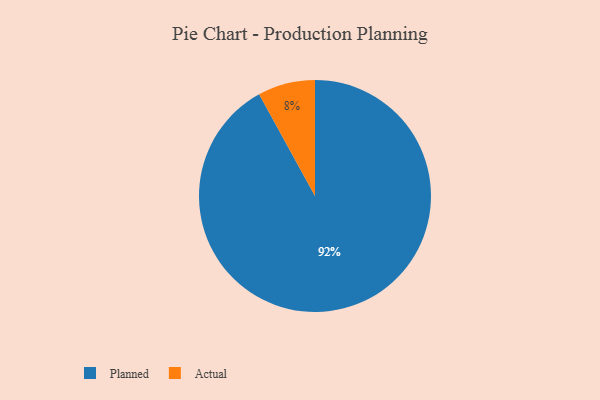
{"axis": {"x": "Category", "y": "Percentage"}, "legend": ["Actual", "Planned"], "data": [{"x": "Planned", "y": 92, "type": "Planned"}, {"x": "Actual", "y": 8, "type": "Actual"}]}